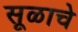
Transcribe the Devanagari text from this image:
सूळाचे